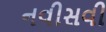
નવીસવી